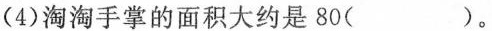
(4)淘淘手掌的面积大约是80( )。